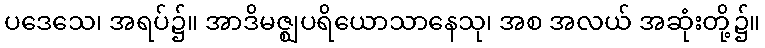
ပဒေသေ၊ အရပ်၌။ အာဒိမဇ္ဈပရိယောသာနေသု၊ အစ အလယ် အဆုံးတို့၌။